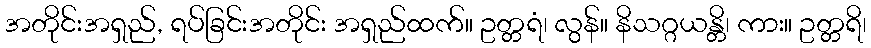
အတိုင်းအရှည်, ရပ်ခြင်းအတိုင်း အရှည်ထက်။ ဥတ္တရံ၊ လွန်။ နိသဂ္ဂယန္တိ၊ ကား။ ဥတ္တရိ၊